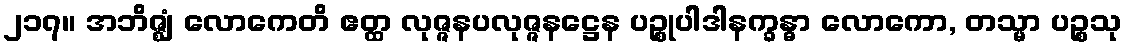
၂၁၇။ အဘိဇ္ဈံ လောကေတိ ဧတ္ထ လုဇ္ဇနပလုဇ္ဇနဋ္ဌေန ပဉ္စုပါဒါနက္ခန္ဓာ လောကော, တသ္မာ ပဉ္စသု